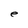
Character: e